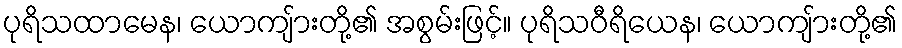
ပုရိသထာမေန၊ ယောကျ်ားတို့၏ အစွမ်းဖြင့်။ ပုရိသဝီရိယေန၊ ယောကျ်ားတို့၏